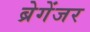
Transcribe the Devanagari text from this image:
ब्रेगेंजर